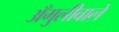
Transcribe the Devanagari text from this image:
अँगुलीवाले